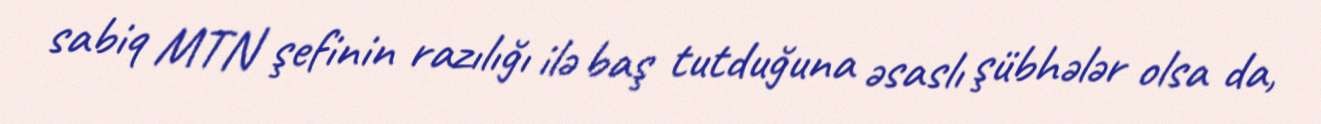
sabiq MTN şefinin razılığı ilə baş tutduğuna əsaslı şübhələr olsa da,